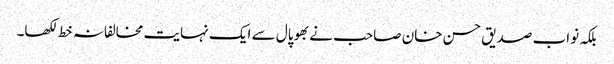
بلکہ نواب صدیق حسن خان صاحب نے بھوپال سے ایک نہایت مخالفانہ خط لکھا۔